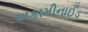
અકામીનાઈડ